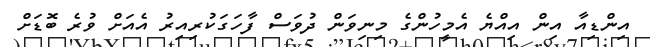
އިންޑިއާ އިން އިއްޔެ އެމީހުންގެ މިނިވަން ދުވަސް ފާހަގަކުރިއިރު އެއަށް ވުރެ ބޮޑަށް